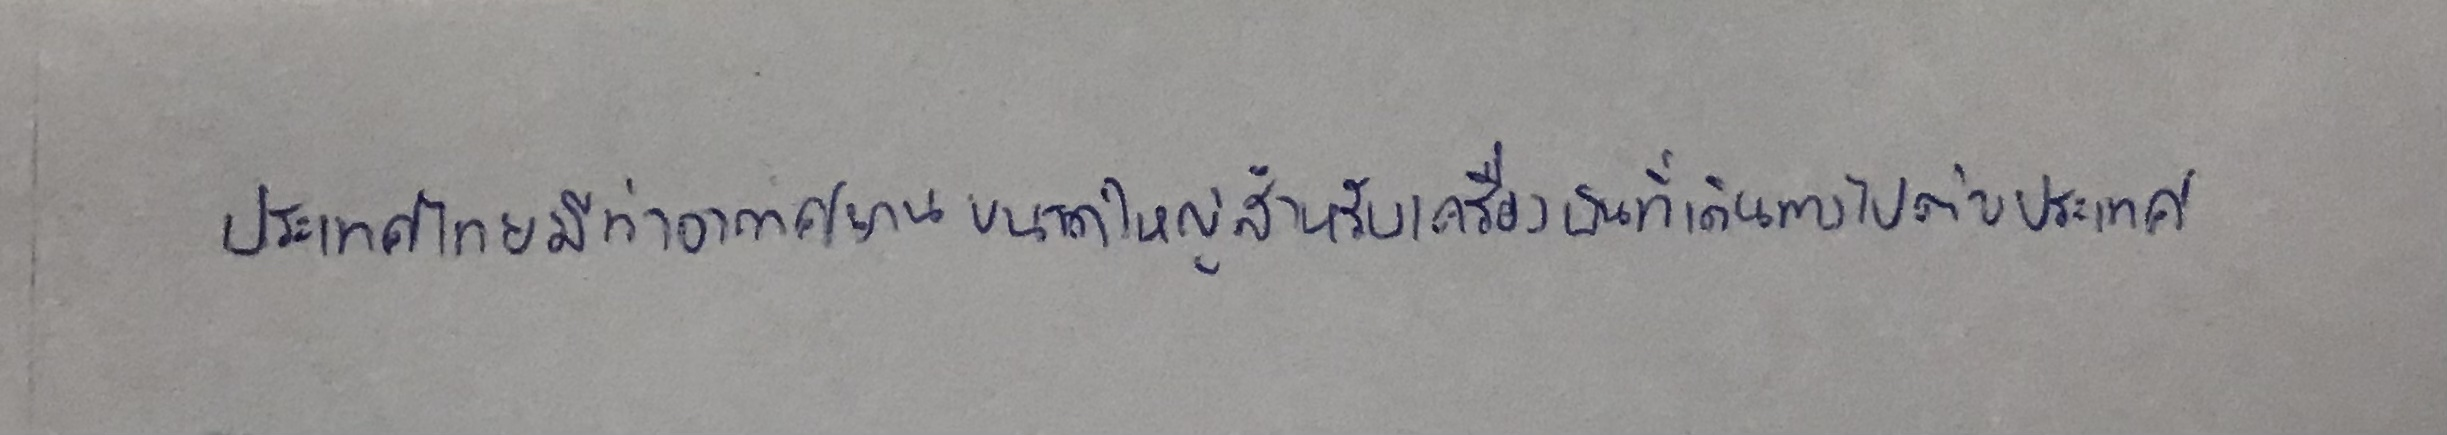
ประเทศไทยมีท่าอากาศยานขนาดใหญ่สำหรับเครื่องบินที่เดินทางไปต่างประเทศ